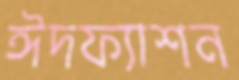
ঈদফ্যাশন